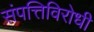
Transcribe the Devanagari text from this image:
संपत्तिविरोधी